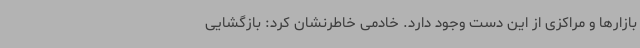
بازارها و مراکزی از این دست وجود دارد. خادمی خاطرنشان کرد: بازگشایی